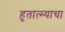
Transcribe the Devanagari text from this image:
हुतात्म्याचा